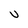
Character: U